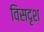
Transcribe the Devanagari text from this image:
विसदृश